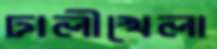
ঢালীখেলা